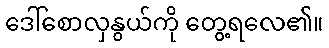
ဒေါ်စောလှနွယ်ကို တွေ့ရလေ၏။